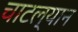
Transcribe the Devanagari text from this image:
चाटल्यान